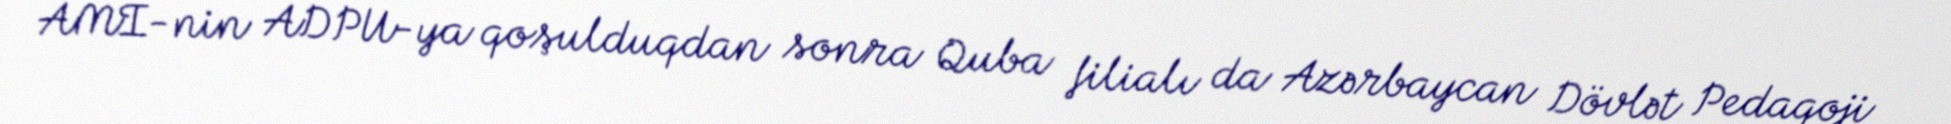
AMİ-nin ADPU-ya qoşulduqdan sonra Quba filialı da Azərbaycan Dövlət Pedaqoji